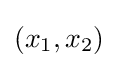
\left(x_{1},x_{2}\right)